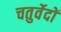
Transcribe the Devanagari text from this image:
चतुर्वेदों